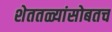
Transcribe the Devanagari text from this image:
शेततळ्यांसोबतच